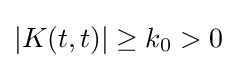
\vert K(t,t)\vert \geq k_{0}>0